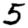
Digit: 5